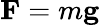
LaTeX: \mathbf{F}=m\mathbf{g}